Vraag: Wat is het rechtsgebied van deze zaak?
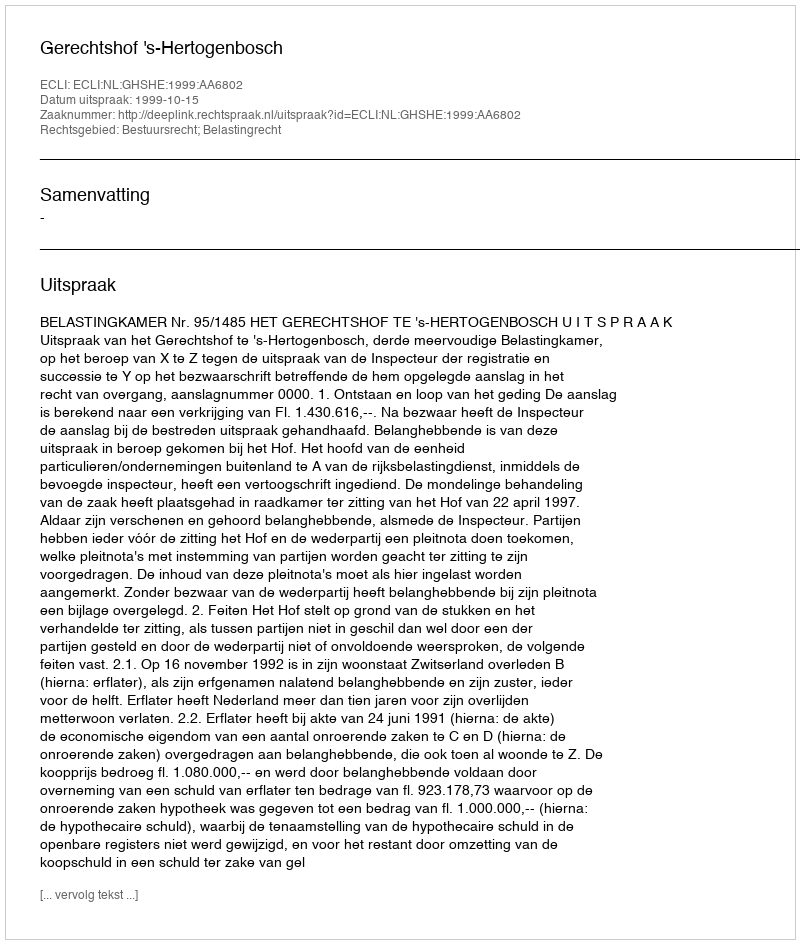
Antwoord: Bestuursrecht; Belastingrecht